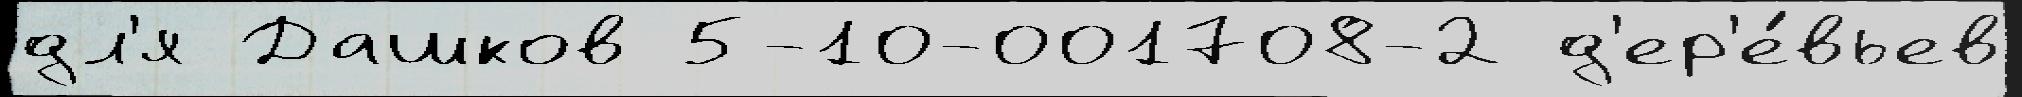
дл'я Дашков 5-10-001708-2 д'ер'е́вьев